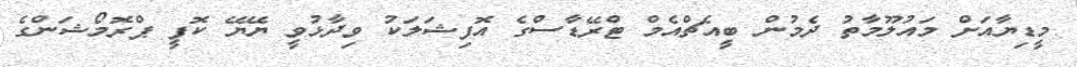
މީޑިޔާއަށް މައުލޫމާތު ދެމުން ބީއެޗްއެމް ޓްރޭޑާސްގެ އޮފިޝަލަކު ވިދާޅުވީ ޔޭޔޭ ކޮފީ ޕްރޮމޯޝަންގެ